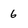
Character: 6